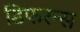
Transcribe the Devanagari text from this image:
डिफरन्स